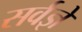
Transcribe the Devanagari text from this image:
सर्वज्ञे